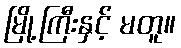
မြို့ကြီးနှင့် မတူ။